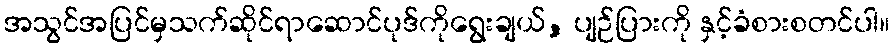
အသွင်အပြင်မှသက်ဆိုင်ရာဆောင်ပုဒ်ကိုရွေးချယ်, ပျဉ်ပြားကို နှင့်ခံစားစတင်ပါ။